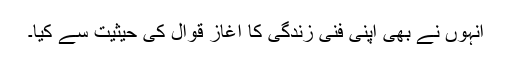
انہوں نے بھی اپنی فنی زندگی کا آغاز قوال کی حیثیت سے کیا۔